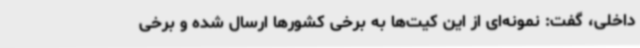
داخلی، گفت: نمونه‌ای از این کیت‌ها به برخی کشورها ارسال شده و برخی